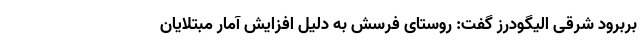
بربرود شرقی الیگودرز گفت: روستای فرسش به دلیل افزایش آمار مبتلایان